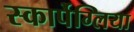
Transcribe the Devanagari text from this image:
स्कार्पेग्लिया